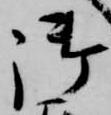
御